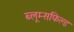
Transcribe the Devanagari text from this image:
ब्लूम्सफिल्ड